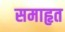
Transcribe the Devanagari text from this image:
समाहृत